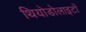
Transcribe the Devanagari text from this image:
थियोडोलाइटों